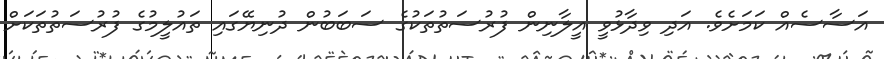
އަސާސެއް ކަމަށެވެ. އަދި ވިދާޅުވީ އީލާނިން ފުރުސަތުތަކުގެ ސަބަބުން ދުނިޔޭގައި ތައުލީމުގެ ފުރުސަތުތަކަށް